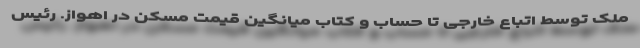
ملک توسط اتباع خارجی تا حساب و کتاب میانگین قیمت مسکن در اهواز. رئیس